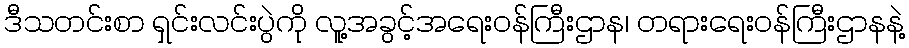
ဒီသတင်းစာ ရှင်းလင်းပွဲကို လူ့အခွင့်အရေးဝန်ကြီးဌာန၊ တရားရေးဝန်ကြီးဌာနနဲ့